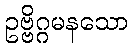
ဥဗ္ဗိဂ္ဂမနသော